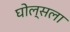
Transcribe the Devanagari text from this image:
घोल्सला